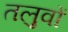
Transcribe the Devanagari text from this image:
तलुवों